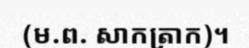
(ម.ព. សាកត្រាក)។